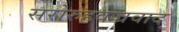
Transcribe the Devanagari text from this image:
सरोरुहवज्रवाद